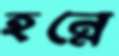
হন্নে